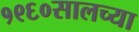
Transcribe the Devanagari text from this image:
१९६०सालच्या